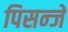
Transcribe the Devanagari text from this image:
पिसन्जे